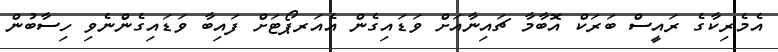
އެމެރިކާގެ ރައީސް ބަރަކް އޮބާމާ ޗައިނާއަށް ވަޑައިގެން އެއަރޕޯޓަށް ފައިބާ ވަޑައިގެންނެވި ހިސާބުން